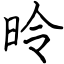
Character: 昤